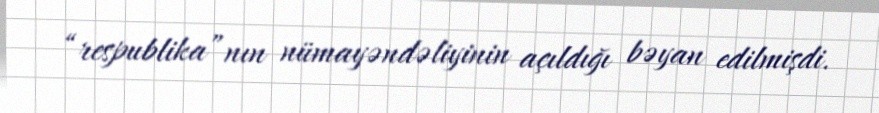
“respublika”nın nümayəndəliyinin açıldığı bəyan edilmişdi.